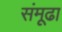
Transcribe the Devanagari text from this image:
संमूढा